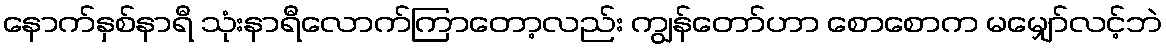
နောက်နှစ်နာရီ သုံးနာရီလောက်ကြာတော့လည်း ကျွန်တော်ဟာ စောစောက မမျှော်လင့်ဘဲ